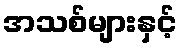
အသစ်များနှင့်